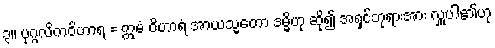
၃။ ပုဂ္ဂလိကဝိဟာရ = ဣမံ ဝိဟာရံ အာယသ္မတော ဒမ္မိဟု ဆို၍ အရှင်ဘုရားအား လှူပါ၏ဟု